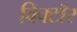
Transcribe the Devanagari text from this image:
विक्टॉर